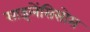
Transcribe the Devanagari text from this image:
साइलेंसिसोस